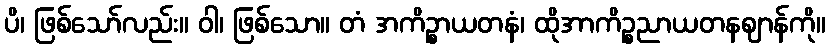
ပိ၊ ဖြစ်သော်လည်း။ ဝါ၊ ဖြစ်သော။ တံ အကိဉ္စာယတနံ၊ ထိုအာကိဉ္စညာယတနဈာန်ကို။